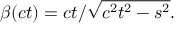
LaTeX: \beta ( c t ) = c t / { \sqrt { c ^ { 2 } t ^ { 2 } - s ^ { 2 } } } .